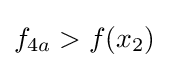
f_{4a}>f(x_{2})